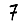
Digit: 7